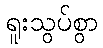
ရူးသွပ်စွာ